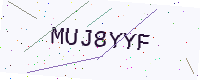
Text: MUJ8YYF